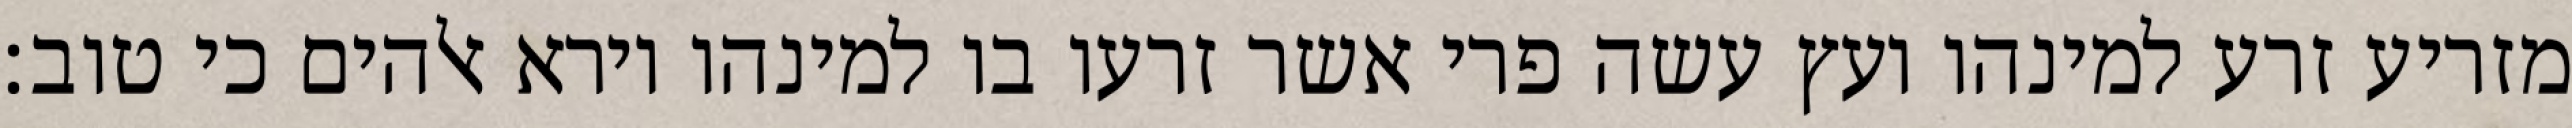
מזריע זרע למינהו ועץ עשה פרי אשר זרעו בו למינהו וירא אלהים כי טוב׃